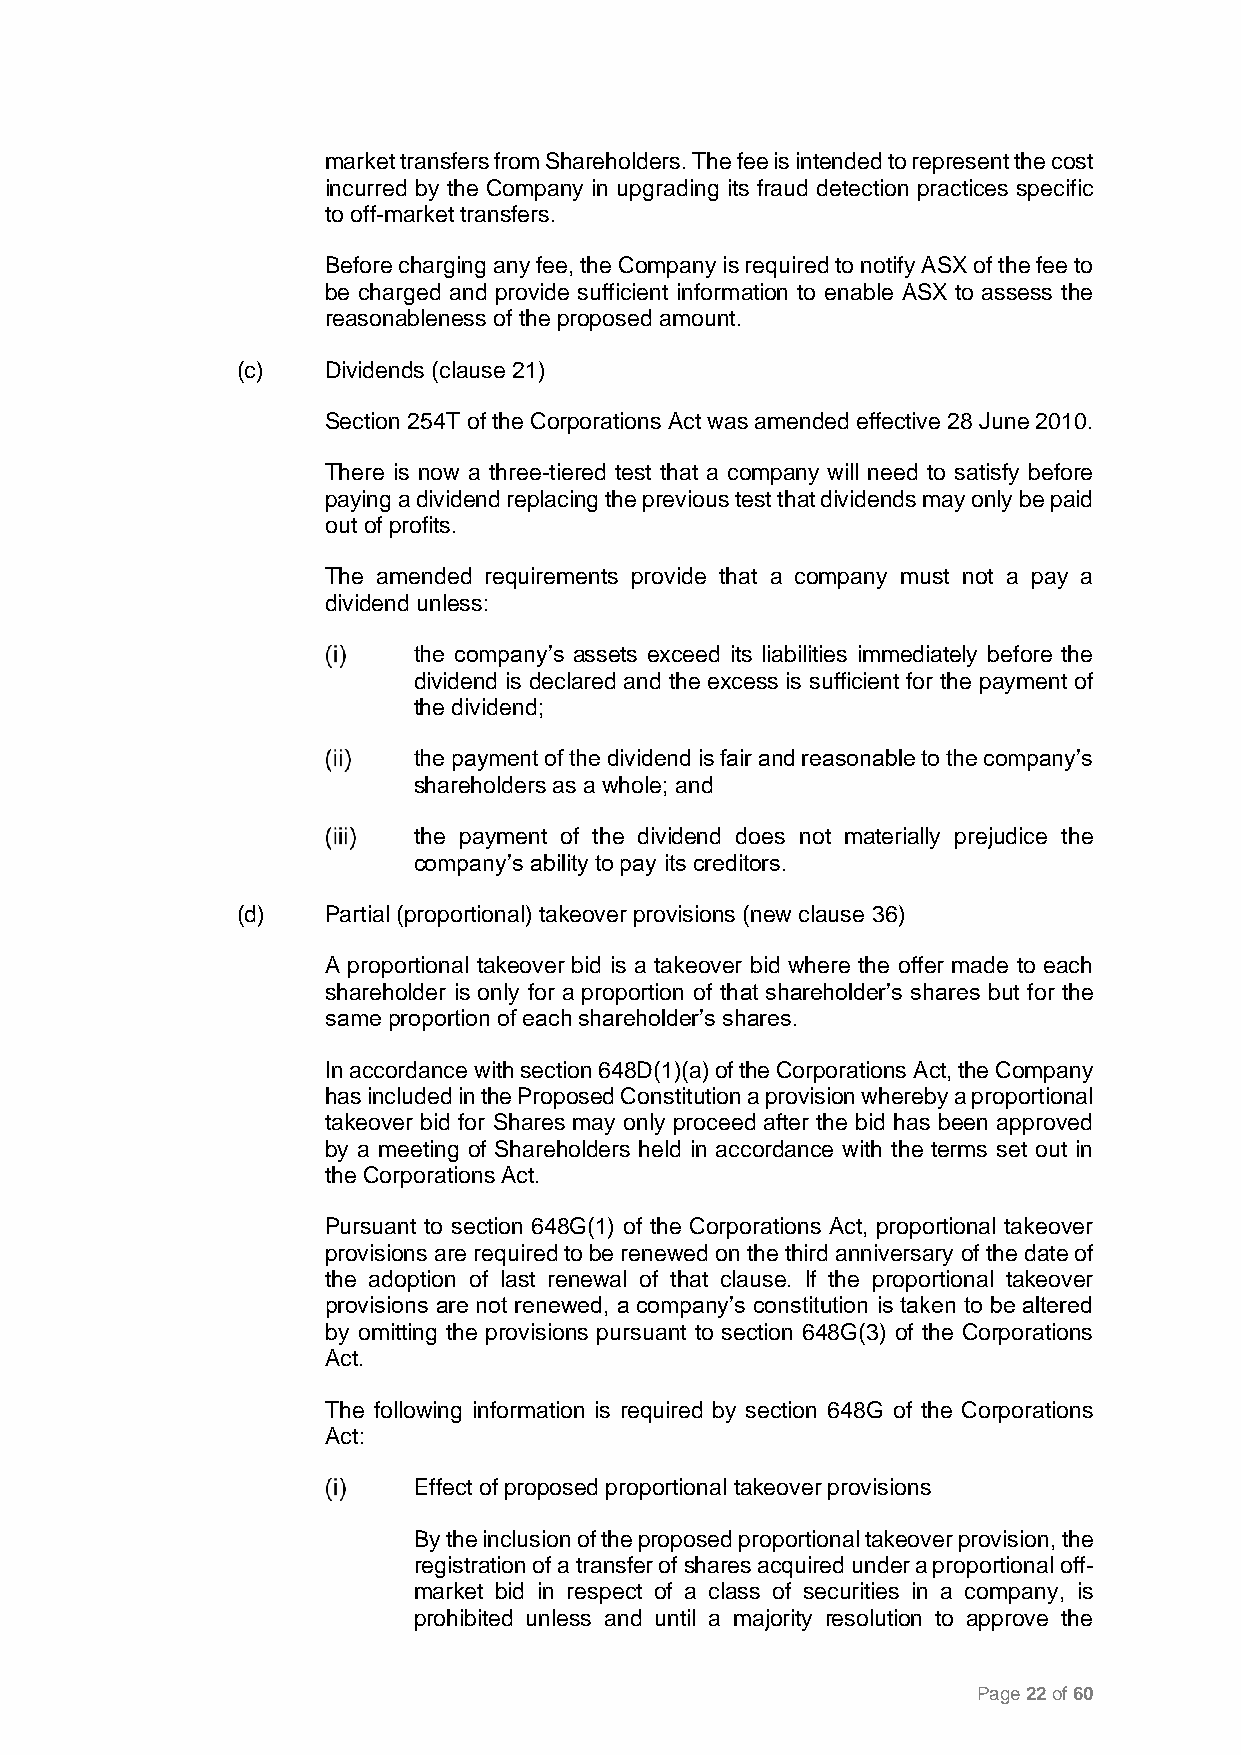
market transfers from Shareholders. The fee is intended to represent the cost
 incurred by the Company in upgrading its fraud detection practices specific
 to off-market transfers.
 Before charging any fee, the Company is required to notify ASX of the fee to
 be charged and provide sufficient information to enable ASX to assess the
 reasonableness of the proposed amount.
 (c)   Dividends (clause 21)
 Section 254T of the Corporations Act was amended effective 28 June 2010.
 There is now a three-tiered test that a company will need to satisfy before
 paying a dividend replacing the previous test that dividends may only be paid
 out of profits.
 The amended requirements provide that a company must not a pay a
 dividend unless:
 the company’s assets exceed its liabilities immediately before the
 dividend is declared and the excess is sufficient for the payment of
 the dividend;
 the payment of the dividend is fair and reasonable to the company’s
 shareholders as a whole; and
 the payment of the dividend does not materially prejudice the
 company’s ability to pay its creditors.
 (d)   Partial (proportional) takeover provisions (new clause 36)
 A proportional takeover bid is a takeover bid where the offer made to each
 shareholder is only for a proportion of that shareholder’s shares but for the
 same proportion of each shareholder’s shares.
 In accordance with section 648D(1)(a) of the Corporations Act, the Company
 has included in the Proposed Constitution a provision whereby a proportional
 takeover bid for Shares may only proceed after the bid has been approved
 by a meeting of Shareholders held in accordance with the terms set out in
 the Corporations Act.
 Pursuant to section 648G(1) of the Corporations Act, proportional takeover
 provisions are required to be renewed on the third anniversary of the date of
 the adoption of last renewal of that clause. If the proportional takeover
 provisions are not renewed, a company’s constitution is taken to be altered
 by omitting the provisions pursuant to section 648G(3) of the Corporations
 Act.
 The following information is required by section 648G of the Corporations
 Act:
 Effect of proposed proportional takeover provisions
 By the inclusion of the proposed proportional takeover provision, the
 registration of a transfer of shares acquired under a proportional off-
 market bid in respect of a class of securities in a company, is
 prohibited unless and until a majority resolution to approve the
 Page 22 of 60